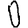
Digit: 0